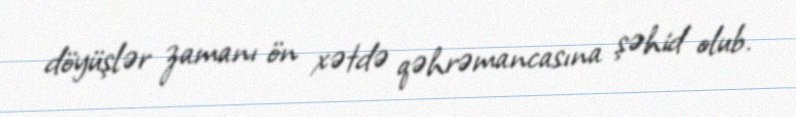
döyüşlər zamanı ön xətdə qəhrəmancasına şəhid olub.